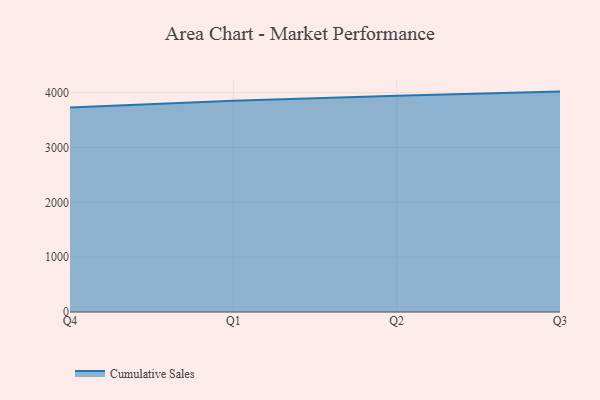
{"axis": {"x": "Quarter", "y": "Operating Costs (USD K)"}, "legend": ["Cumulative Sales"], "data": [{"x": "Q4", "y": 3729.9, "type": "Cumulative Sales"}, {"x": "Q1", "y": 3850.9, "type": "Cumulative Sales"}, {"x": "Q2", "y": 3942.2, "type": "Cumulative Sales"}, {"x": "Q3", "y": 4019.9, "type": "Cumulative Sales"}]}